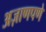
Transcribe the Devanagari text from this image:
अज़ाणपणे